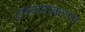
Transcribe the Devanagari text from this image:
उपचाराकरता